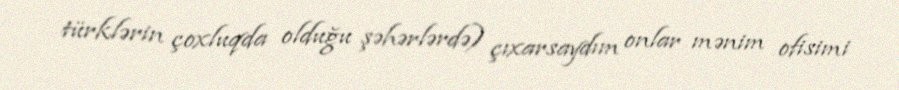
türklərin çoxluqda olduğu şəhərlərdə) çıxarsaydım onlar mənim ofisimi